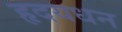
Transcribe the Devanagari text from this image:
हृदयधन